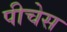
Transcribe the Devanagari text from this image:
पीचेस